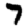
Digit: 7